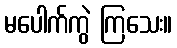
မပေါက်ကွဲ ကြသေး။